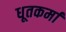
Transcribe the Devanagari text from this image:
धूतकर्मा